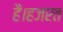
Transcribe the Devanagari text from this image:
हैं।हजरत